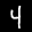
Label: 4